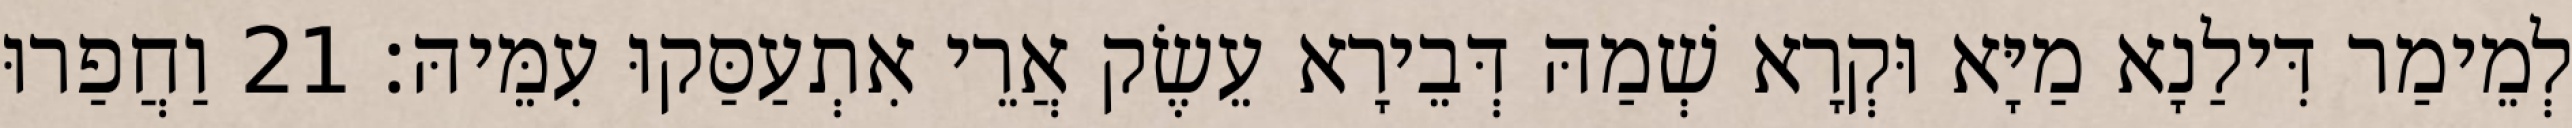
לְמֵימַר דִּילַנָא מַיָּא וּקְרָא שְׁמַהּ דְּבֵירָא עֵשֶׂק אֲרֵי אִתְעַסַּקוּ עִמֵּיהּ׃ 21 וַחֲפַרוּ